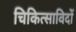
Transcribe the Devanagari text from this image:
चिकित्साविदों